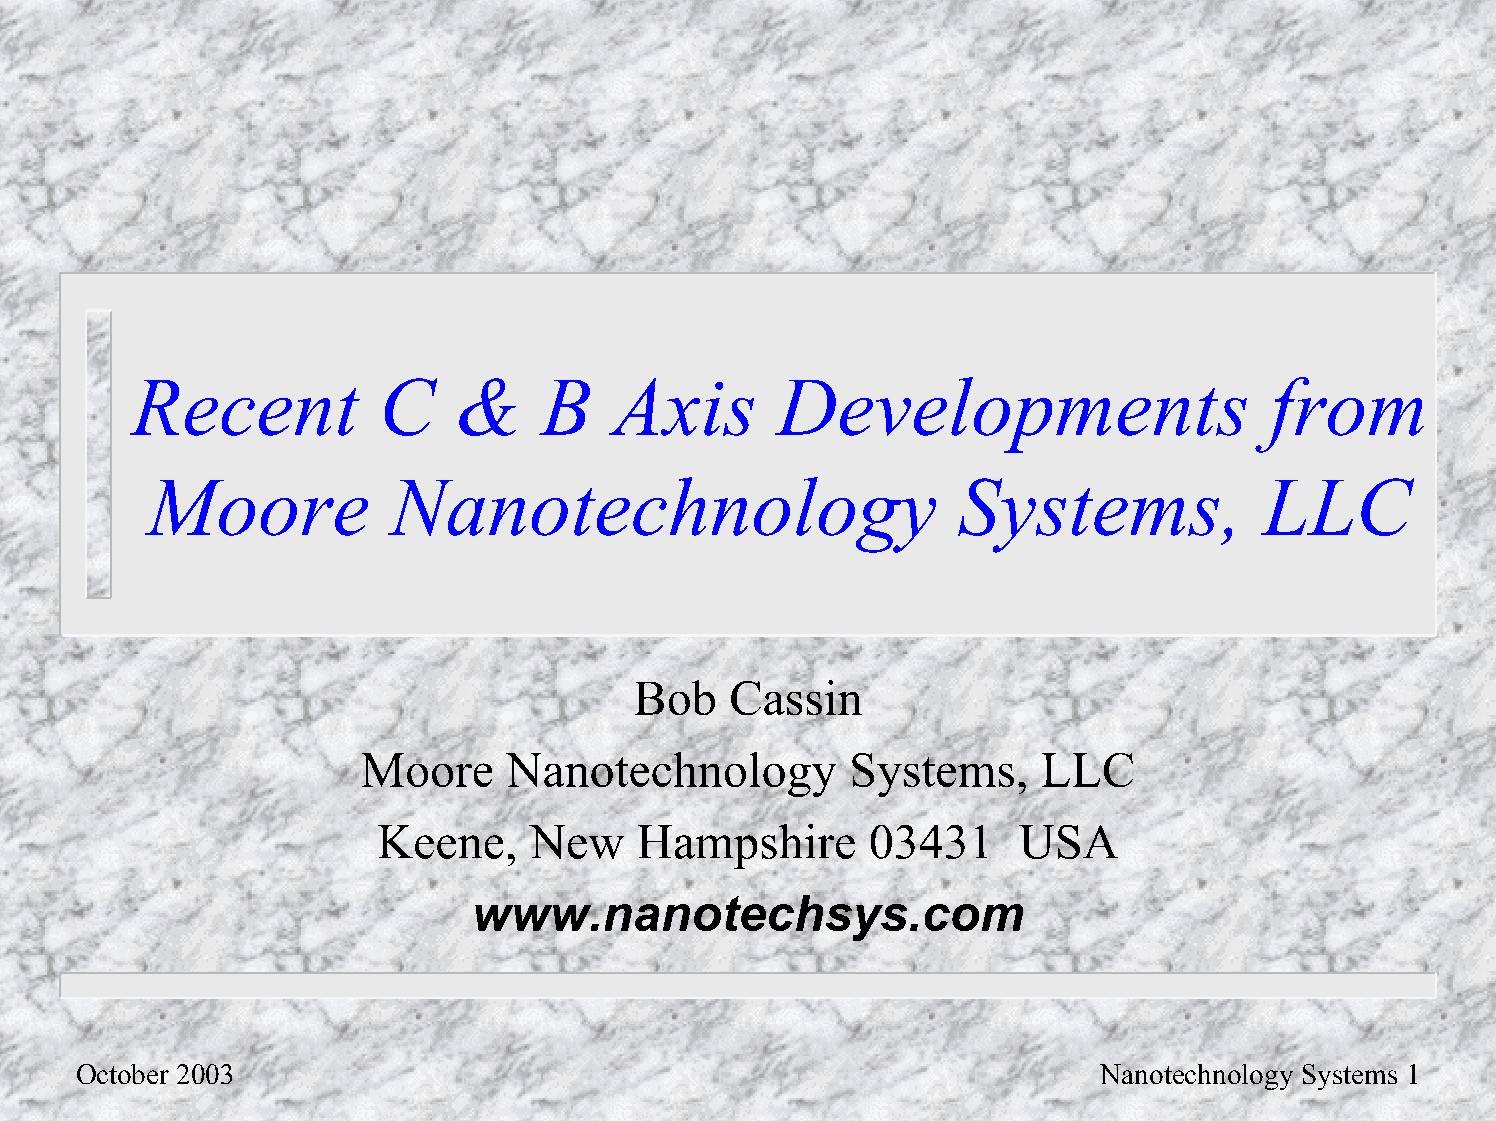
Recent          C    &     B    Axis       Developments                    from
 Moore           Nanotechnology                       Systems,             LLC
 Bob   Cassin
 Moore     Nanotechnology        Systems,     LLC
 Keene,    New    Hampshire       03431     USA
 www.nanotechsys.com
 October 2003                                                        Nanotechnology Systems 1